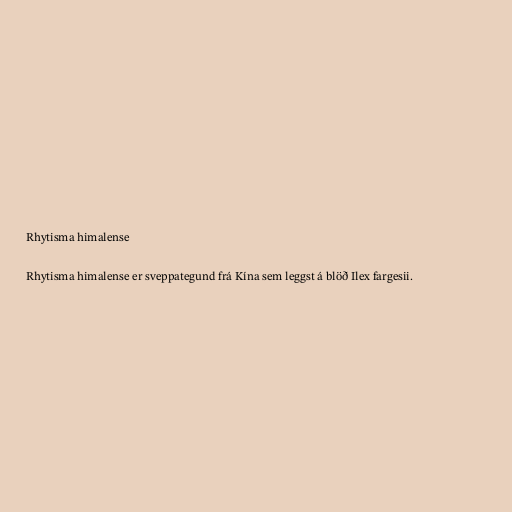
Rhytisma himalense

Rhytisma himalense er sveppategund frá Kína sem leggst á blöð Ilex fargesii.